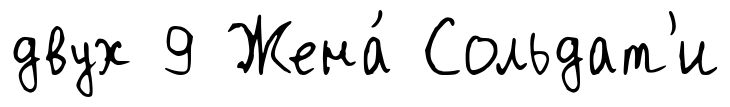
двух 9 Жена́ Сольдат'и